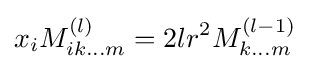
x_{i}M_{ik...m}^{(l)}=2lr^{2}M_{k...m}^{(l-1)}